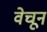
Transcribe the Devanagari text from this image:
वेचून